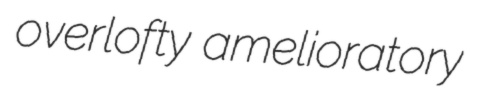
overlofty amelioratory